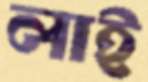
লাই